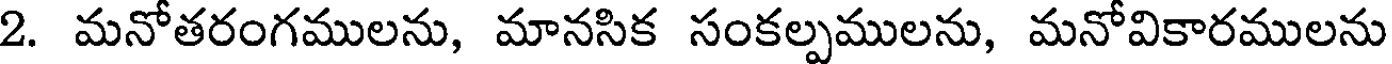
2. మనోతరంగములను, మానసిక సంకల్పములను, మనోవికారములను